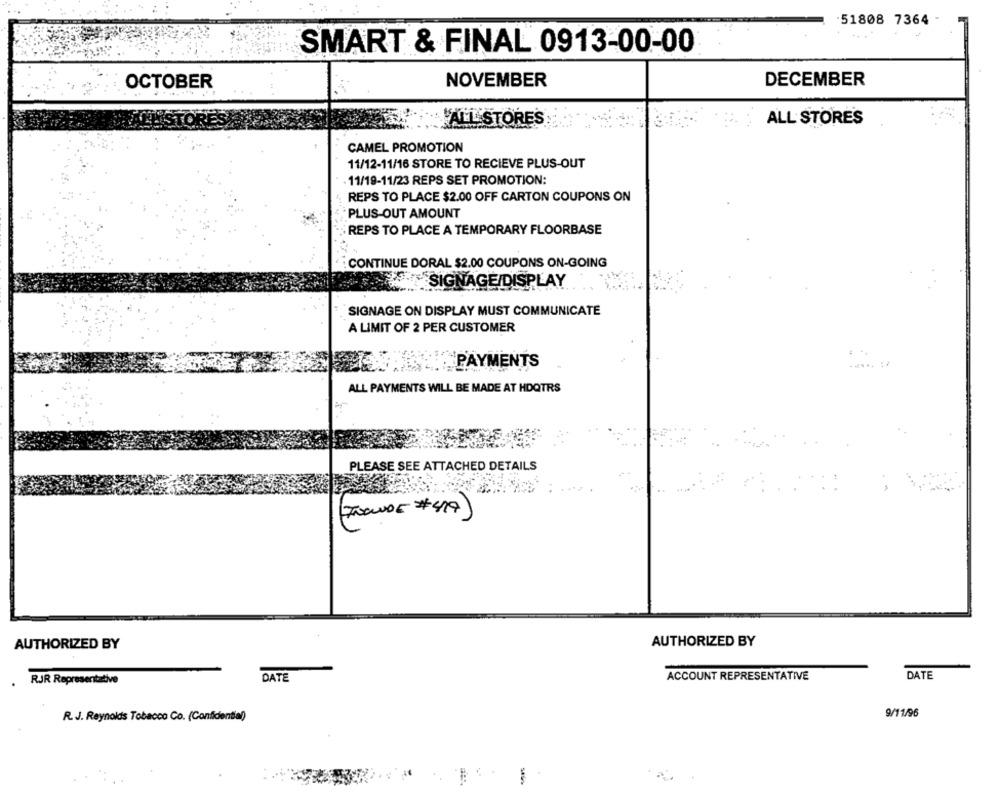
51808 7364 -
SMART & FINAL 0913-00-00
OCTOBER
NOVEMBER
DECEMBER
ALL STORES
ALL STORES
CAMEL PROMOTION
11/12-11/16 STORE TO RECIEVE PLUS-OUT
- 11/19-11/23 REPS SET PROMOTION:
REPS TO PLACE $2.00 OFF CARTON COUPONS ON
PLUS-OUT AMOUNT
REPS TO PLACE A TEMPORARY FLOORBASE
CONTINUE DORAL $2.00 COUPONS ON-GOING
F+ SIGNAGE/DISPLAY
SIGNAGE ON DISPLAY MUST COMMUNICATE
A LIMIT OF 2 PER CUSTOMER
PAYMENTS
..... ..
ALL PAYMENTS WILL BE MADE AT HDQTRS
PLEASE SEE ATTACHED DETAILS
AUTHORIZED BY
AUTHORIZED BY
DATE
ACCOUNT REPRESENTATIVE
DATE
RJR Representative
R. J. Reynolds Tobacco Co. (Confidential)
9/11/96